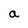
Character: a